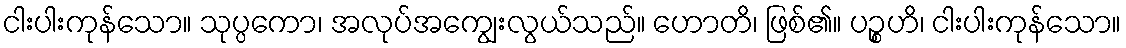
ငါးပါးကုန်သော။ သုပ္ပကော၊ အလုပ်အကျွေးလွယ်သည်။ ဟောတိ၊ ဖြစ်၏။ ပဉ္စဟိ၊ ငါးပါးကုန်သော။